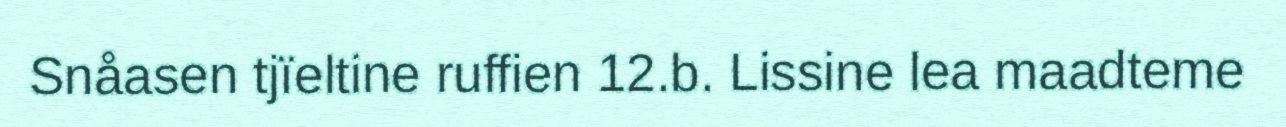
Snåasen tjïeltine ruffien 12.b. Lissine lea maadteme